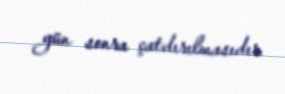
gün sonra çatdırılmasıdır.